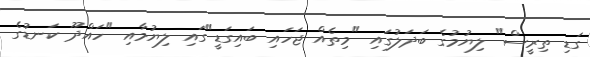
ގަޑި ތިރީސް" ލިޔުމުގެ ބަދަލުގައި "މިތެއް ޖަހައި ބައިގަޑީ"ގައި ލިޔުމާއި "ހައްދޫ ކަނޑުގެ